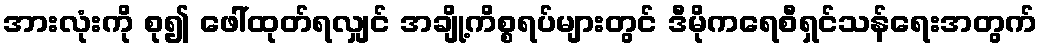
အားလုံးကို စု၍ ဖေါ်ထုတ်ရလျှင် အချို့ကိစ္စရပ်များတွင် ဒီမိုကရေစီရှင်သန်ရေးအတွက်